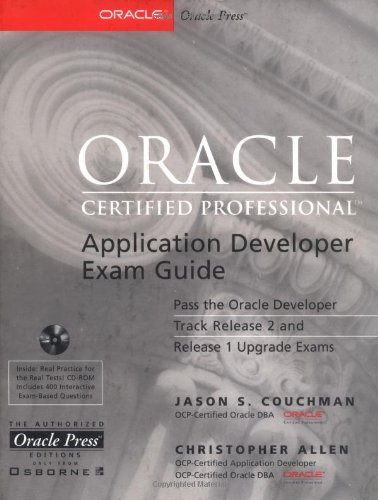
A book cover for Oracle Certified Professional Application Developer Exam Guide with CDROM (Oracle Press Series); Jason S. Couchman; Computers & Technology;